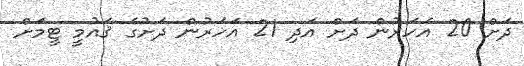
ދަށް 20 އަހަރުން ދަށް އަދި 21 އަހަރުން ދަށުގެ ޤައުމީ ޓީމަށް